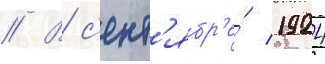
// В с'ент'ябр'е́ 1924